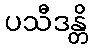
ပသီဒန္တိ